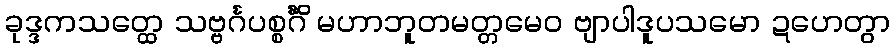
ခုဒ္ဒကသတ္ထေ သဗ္ဗင်္ဂပစ္စင်္ဂိံ မဟာဘူတမတ္တမေဝ ဗျာပါဒူပသမော ဍဟေတွာ